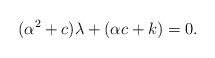
LaTeX: \begin{align*}(\alpha^2+c)\lambda+(\alpha c+k)=0.\end{align*}